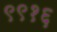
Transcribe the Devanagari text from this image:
९९१६